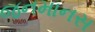
જનમાનસ